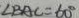
\angle B A C = 6 0 ^ { \circ }